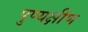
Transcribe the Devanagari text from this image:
पुण्यक्षीण